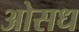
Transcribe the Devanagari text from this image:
ओसध